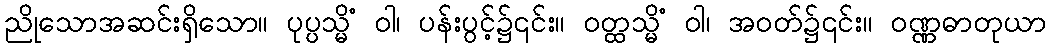
ညိုသောအဆင်းရှိသော။ ပုပ္ပသ္မိံ ဝါ၊ ပန်းပွင့်၌၎င်း။ ဝတ္ထသ္မိံ ဝါ၊ အဝတ်၌၎င်း။ ဝဏ္ဏဓာတုယာ